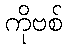
ကိုဗစ်